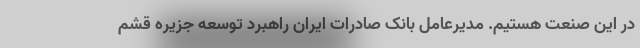
در این صنعت هستیم. مدیرعامل بانک صادرات ایران راهبرد توسعه جزیره قشم